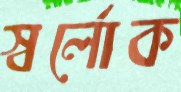
স্বর্লোক